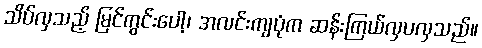
သိပ်လှသည့် မြင်ကွင်းပေါ့၊ အလင်းကျပုံက ဆန်းကြယ်လှပလှသည်။